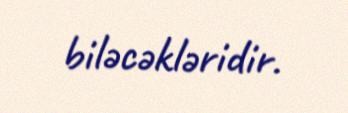
biləcəkləridir.